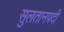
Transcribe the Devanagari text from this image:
सुलतानपदी